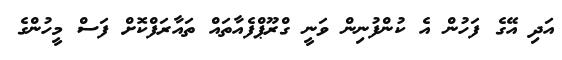
އަދި އޭގެ ފަހުން އެ ކުންފުނިން ވަނީ ގްރޫޕްފެއާތައް ތައާރަފްކޮށް ފަސް މީހުންގެ